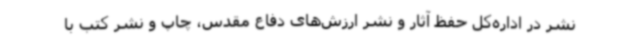
نشر در اداره‌کل حفظ آثار و نشر ارزش‌های دفاع مقدس، چاپ و نشر کتب با